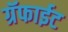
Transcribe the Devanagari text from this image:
ग्रॅफाईट